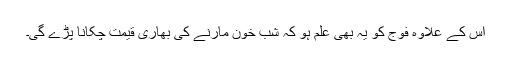
اس کے علاوہ فوج کو یہ بھی علم ہو کہ شب خون مارنے کی بھاری قیمت چکانا پڑے گی۔